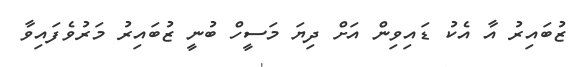
ޒުބައިރު އާ އެކު ޑައިވިން އަށް ދިޔަ މަސީހް ބުނީ ޒުބައިރު މަރުވެފައިވާ